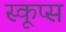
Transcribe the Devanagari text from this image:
स्कूप्स